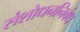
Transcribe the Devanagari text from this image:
संशोधननिबंध